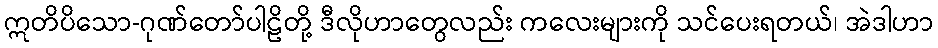
ဣတိပိသော-ဂုဏ်တော်ပါဠိတို့ ဒီလိုဟာတွေလည်း ကလေးများကို သင်ပေးရတယ်၊ အဲဒါဟာ